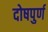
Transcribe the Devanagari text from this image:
दोषपुर्ण